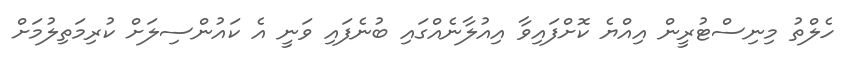
ހެލްތު މިނިސްޓުރީން އިއްޔެ ކޮށްފައިވާ އިއުލާނެއްގައި ބުނެފައި ވަނީ އެ ކައުންސިލަށް ކުރިމަތިލުމަށް